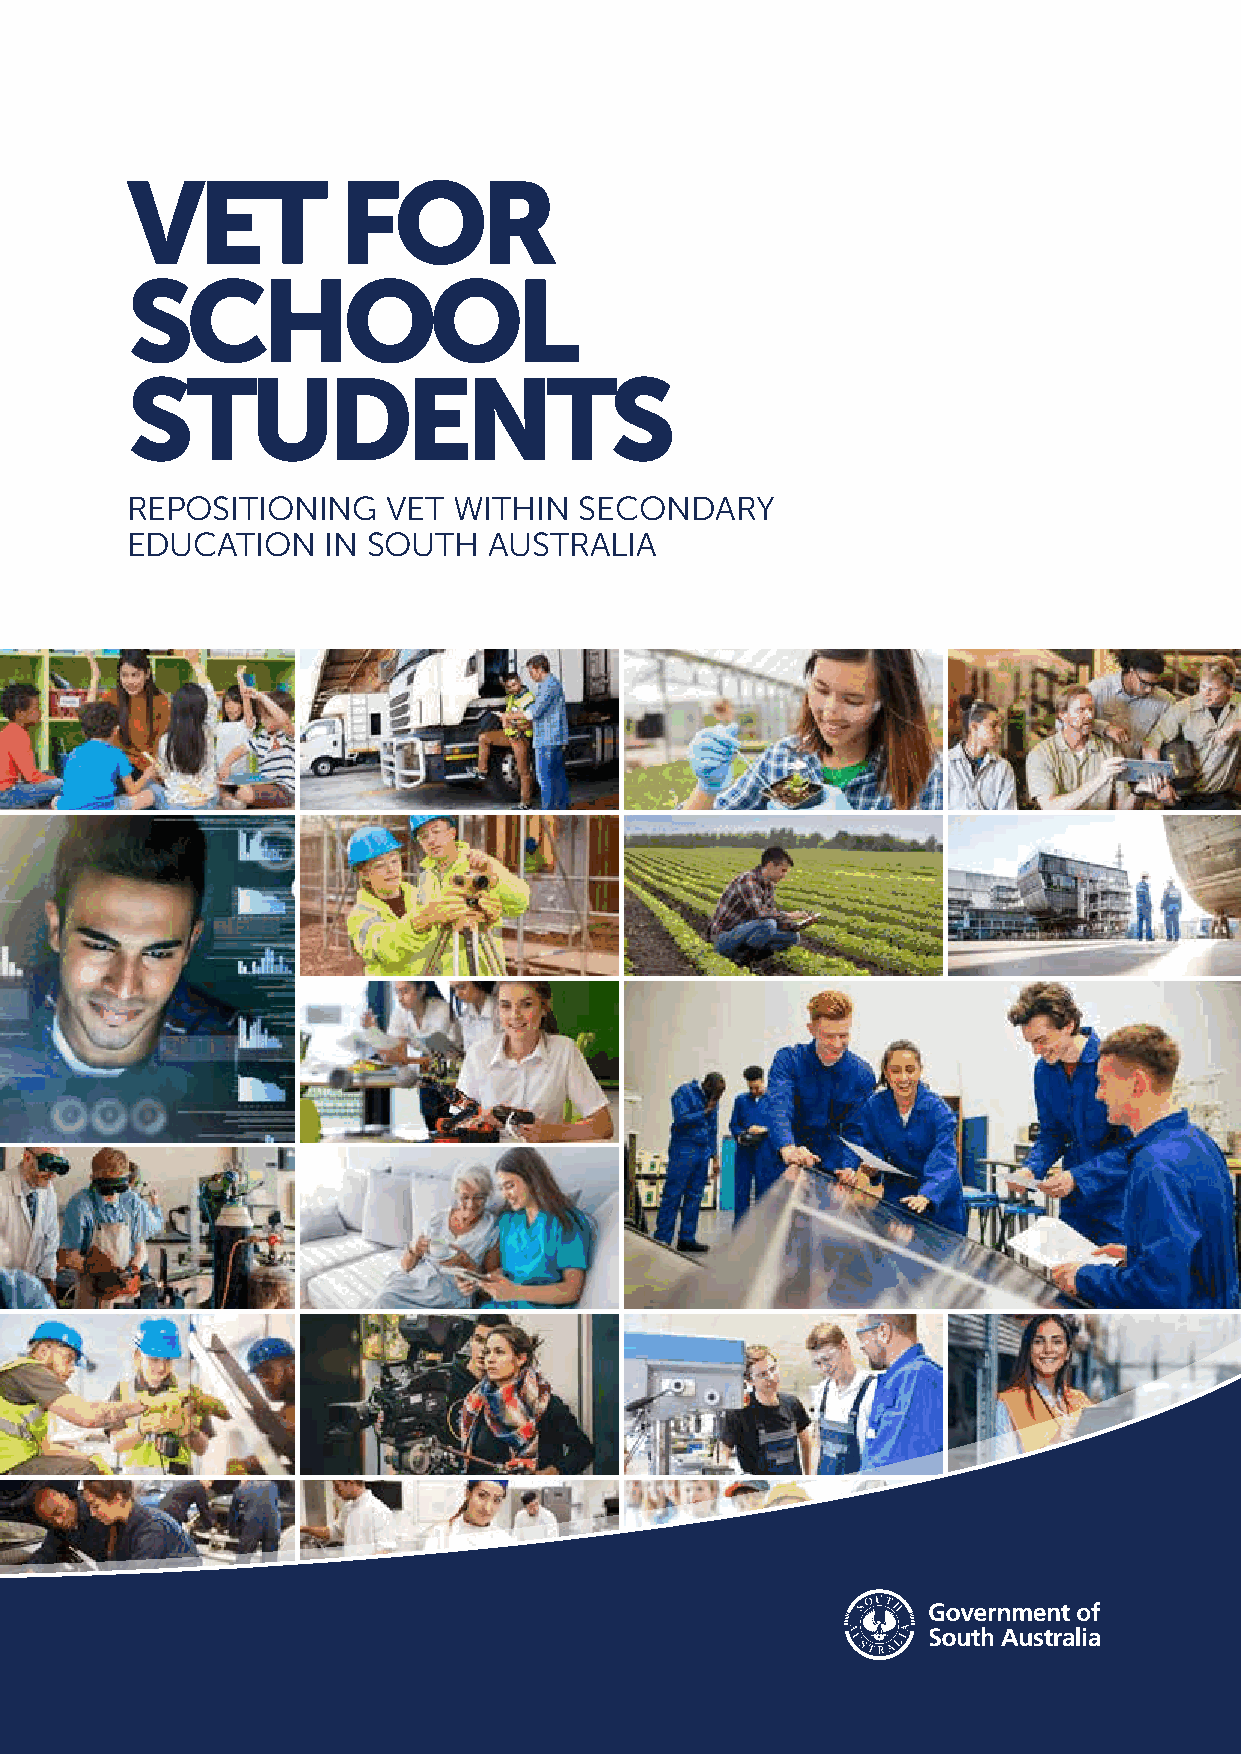
VET           FOR
 SCHOOL
 STUDENTS
 REPOSITIONING     VET WITHIN  SECONDARY
 EDUCATION     IN SOUTH  AUSTRALIA